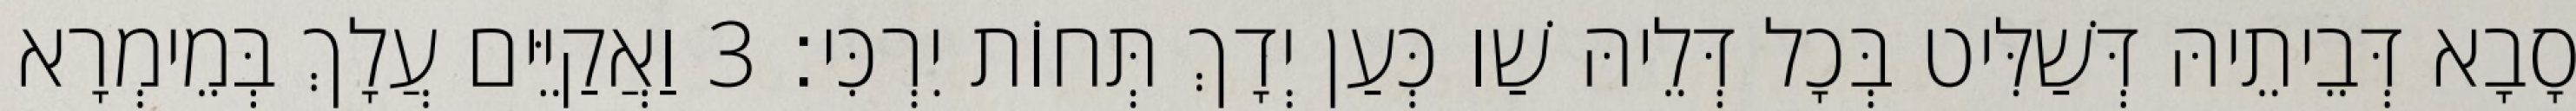
סָבָא דְּבֵיתֵיהּ דְּשַׁלִּיט בְּכָל דְּלֵיהּ שַׁו כְּעַן יְדָךְ תְּחוֹת יִרְכִּי׃ 3 וַאֲקַיֵּים עֲלָךְ בְּמֵימְרָא